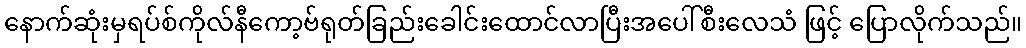
နောက်ဆုံးမှရပ်စ်ကိုလ်နီကော့ဗ်ရုတ်ခြည်းခေါင်းထောင်လာပြီးအပေါ်စီးလေသံ ဖြင့် ပြောလိုက်သည်။